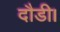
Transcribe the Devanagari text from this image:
दौडी।